Sexual cycle of Leucocytozoon canis in the tick - Number 28
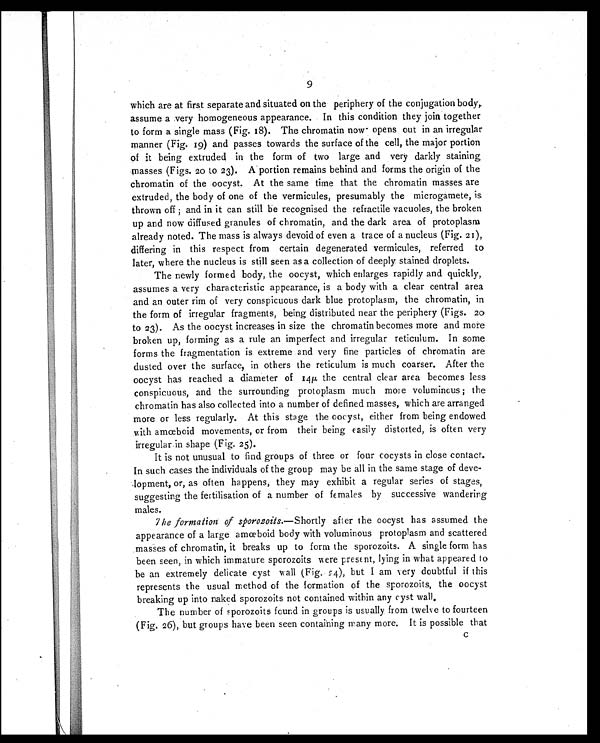
9
which are at first separate and situated on the periphery of the conjugation body,
assume a very homogeneous appearance. In this condition they join together
to form a single mass (Fig. 18). The chromatin now opens out in an irregular
manner (Fig. 19) and passes towards the surface of the cell, the major portion
of it being extruded in the form of two large and very darkly staining
masses (Figs. 20 to 23). A portion remains behind and forms the origin of the
chromatin of the oocyst. At the same time that the chromatin masses are
extruded, the body of one of the vermicules, presumably the microgamete, is
thrown off ; and in it can still be recognised the refractile vacuoles, the broken
up and now diffused granules of chromatin, and the dark area of protoplasm
already noted. The mass is always devoid of even a trace of a nucleus (Fig. 21),
differing in this respect from certain degenerated vermicules, referred to
later, where the nucleus is still seen as a collection of deeply stained droplets.
The newly formed body, the oocyst, which enlarges rapidly and quickly,
assumes a very characteristic appearance, is a body with a clear central area
and an outer rim of very conspicuous dark blue protoplasm, the chromatin, in
the form of irregular fragments, being distributed near the periphery (Figs. 20
to 23). As the oocyst increases in size the chromatin becomes more and more
broken up, forming as a rule an imperfect and irregular reticulum. In some
forms the fragmentation is extreme and very fine particles of chromatin are
dusted over the surface, in others the reticulum is much coarser. After the
oocyst has reached a diameter of 14µ the central clear area becomes less
conspicuous, and the surrounding protoplasm much more voluminous ; the
chromatin has also collected into a number of defined masses, which are arranged
more or less regularly. At this stage the oocyst, either from being endowed
with amœboid movements, or from their being easily distorted, is often very
irregular in shape (Fig. 25).
It is not unusual to find groups of three or four oocysts in close contact.
In such cases the individuals of the group may be all in the same stage of deve-
lopment, or, as often happens, they may exhibit a regular series of stages,
suggesting the fertilisation of a number of females by successive wandering
males.
The formation of sporozoits.— Shortly after the oocyst has assumed the
appearance of a large amœboid body with voluminous protoplasm and scattered
masses of chromatin, it breaks up to form the sporozoits. A single form has
been seen, in which immature sporozoits w ere present, lying in what appeared to
be an extremely delicate cyst wall (Fig. 24), but I am very doubtful if this
represents the usual method of the formation of the sporozoits, the oocyst
breaking up into naked sporozoits not contained within any cyst wall.
The number of sporozoits found in groups is usually from twelve to fourteen
(Fig. 26), but groups have been seen containing many more. It is possible that